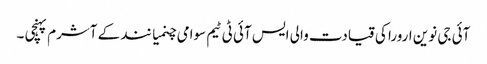
آئی جی نوین ارورا کی قیادت والی ایس آئی ٹی ٹیم سوامی چنمیا نند کے آشرم پہنچی ۔